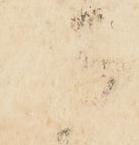
法